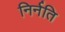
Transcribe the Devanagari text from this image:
निर्नति